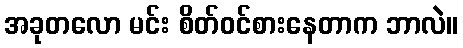
အခုတလော မင်း စိတ်ဝင်စားနေတာက ဘာလဲ။